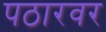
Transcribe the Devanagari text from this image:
पठारवर